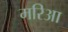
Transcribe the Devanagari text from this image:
मरिआ